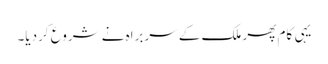
یہی کام پھر ملک کے سربراہ نے شروع کردیا۔